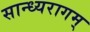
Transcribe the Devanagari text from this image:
सान्ध्यरागम्